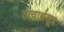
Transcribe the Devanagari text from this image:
तत्वार्थसूत्र